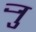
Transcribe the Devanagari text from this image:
र्‍ाु